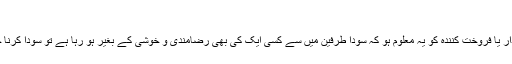
[6]
مذکورہ روایات سے اس مسئلہ کی نزاکت کا اندازہ لگایا جاسکتا ہے ، لہٰذا اگر خریدار یا فروخت کنندہ کو یہ معلوم ہو کہ سودا طرفین میں سے کسی ایک کی بھی رضامندی و خوشی کے بغیر ہو رہا ہے تو سودا کرنا جائز نہیں ہے حتّی کہ اس میں طرفین کی باہمی و حقیقی رضا و خوشی شامل نہ ہو۔